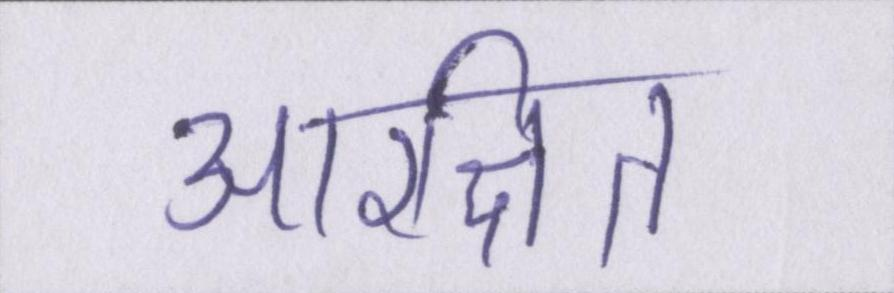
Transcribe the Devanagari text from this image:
आरक्षित